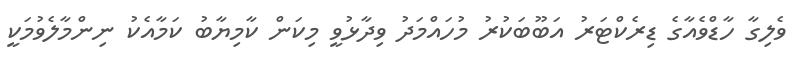
ވެލިގާ ހާޑްވެއާގެ ޑިރެކްޓަރު އަބޫބަކުރު މުހައްމަދު ވިދާޅުވީ މިކަން ކާމިޔާބު ކަމާއެކު ނިންމާލެވުމަކީ